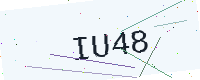
Text: IU48